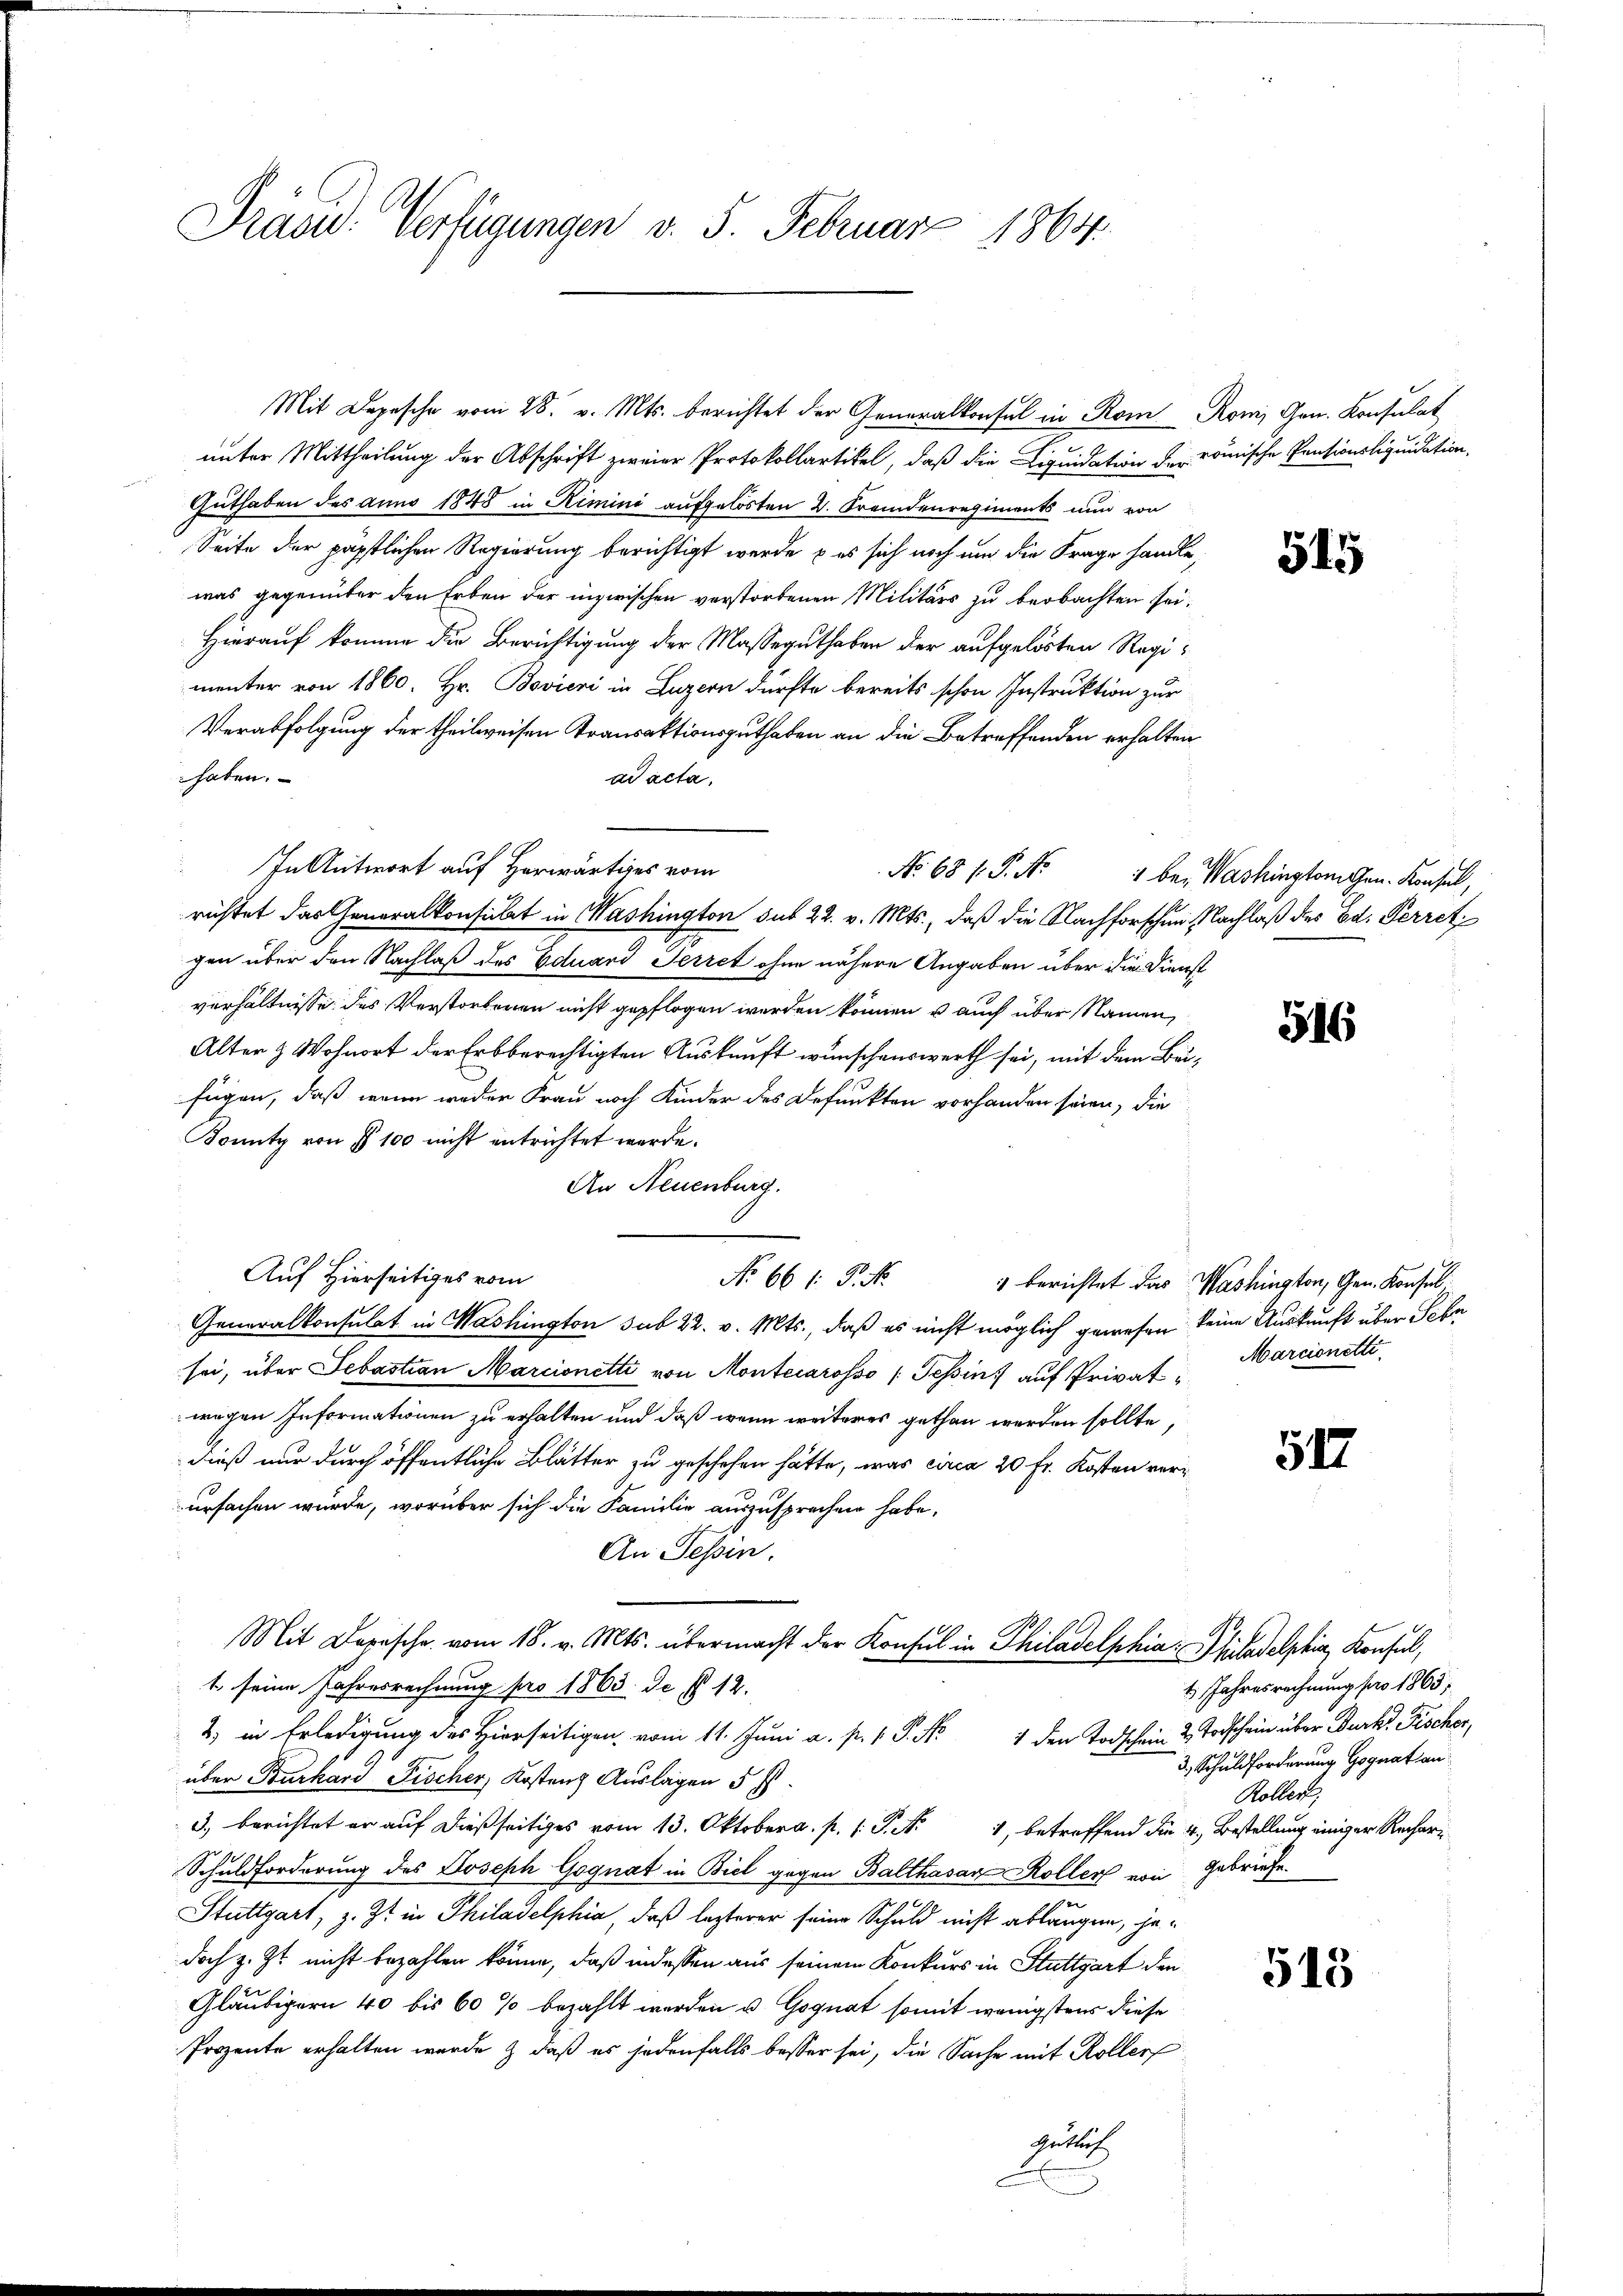
Präsid. Verfügungen v. 5. Februar 1864.

unter Mittheilung der Abschrift zweier Protokollartikel, daß die Liquidation der römische Pentionsliquidation,
Guthaben des anno 1848 in Kimini aufgelösten 2. Fremdenregiments nun von
Seite der päpstlichen Regierung berichtigt werde, – es sich noch um die Frage handle,
was gegenüber den Erben der inzwischen verstorbenen Militärs zu beobachten sei.
Hierauf komme die Berichtigung der Masseguthaben der aufgelösten Regimenter von 1860. Hr. Bovieri in Luzern dürfte bereits schon Instruktion zur
Verabfolgung der theilweisen Transaktionsguthaben an die Betreffenden erhalten
haben.
ad acta,
In Antwort auf Herwärtiges vom
richtet das Generalkonsulat in Washington sub 22. v. Mts., daß die Nachforschen Nachlaß des Ed. Ferret
gen über den Nachlaß des Eduard Herret ohne nähere Angaben über die Dienst
verhältnisse des Verstorbenen nicht gepflogen werden können u auch über Namen,
Alter & Wohnort der Erbberechtigten Auskunft wünschenswerth sei, mit dem Beifügen, daß wenn weder Frau noch Kinder des Befunkten vorhanden seien, die
Konntz von § 100 nicht entrichtet werde.
An Neuenburg.
Auf Hierseitiges vom
No 66 f. P. Nr. 1 berichtet das Washington, Gen. Konsul
Generalkonsulat in Washington sub 22. v. Mts., daß es nicht möglich gewesen keine Auskunft über Schn
sei, über Sebastian Marcionetti von Montecarosso (Tessin, auf Privatwegen Informationen zu erhalten und daß wenn weiteres gethan werden sollte,
dieß nur durch öffentliche Blätter zu geschehen hätte, was circa 20 Fr. Kosten verursachen würde, worüber sich die Familie auszusprechen habe,
An Tessin.
Mit Depesche vom 18. v. Mts. übermacht der Konsul in Philadelphia Philadelphia, Konsul,
1. seine Jahresrechnung pro 1863. De § 12.
2) in Erledigung des Hierseitigen vom 11. Juni a. p. 1 S. Nr. 1 den Todschein 2 Todschein über Burk. Fischer,
über Burkard Fischer, Kostenz Auslagen 5 f.
 berichtet er auf dießseitiges vom Oktober. P. Nr. 1, betreffend die 4. Bestellung einiger Rechar¬
Schuldforderung des Joseph Gognat in Biel gegen Balthasar Koller von Gebriefe.
Stuttgart, z. Zt. in Philadelphia, daß lezterer seine Schuld nicht ablangen, jedoch z. Zt. nicht bezahlen könne, daß indessen aus seinem Konkurs in Stuttgart den
Gläubigern 40 bis 60 % bezahlt werden u. Gognat somit wenigstens diese
Prozente erhalten wurde & daß es jedenfalls besser sei, die Sache mit Roller
Getuch

Mit Depesche vom 28. v. Mts. berichtet der Generalkonsul in Rom Romi Gen. Konsulat

545

No 68 f. P. Nr. 1 be. Washingtoniren. Konsul,

516

Marcionetti

512

1 Jahresrechnung pro 1865,
3, Schuldforderung Gognation
Roller,

513